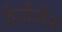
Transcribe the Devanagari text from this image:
बेर्रीमैन